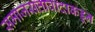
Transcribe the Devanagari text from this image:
समाजसत्तावादाकडून